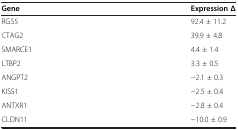
<table><thead><tr><td><b>Gene</b></td><td><b>Expression Δ</b></td></tr></thead><tbody><tr><td>RGS5</td><td>92.4 ± 11.2</td></tr><tr><td>CTAG2</td><td>39.9 ± 4.8</td></tr><tr><td>SMARCE1</td><td>4.4 ± 1.4</td></tr><tr><td>LTBP2</td><td>3.3 ± 0.5</td></tr><tr><td>ANGPT2</td><td>−2.1 ± 0.3</td></tr><tr><td>KISS1</td><td>−2.5 ± 0.4</td></tr><tr><td>ANTXR1</td><td>−2.8 ± 0.4</td></tr><tr><td>CLDN11</td><td>−10.0 ± 0.9</td></tr></tbody></table>